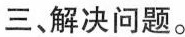
三、解决问题。